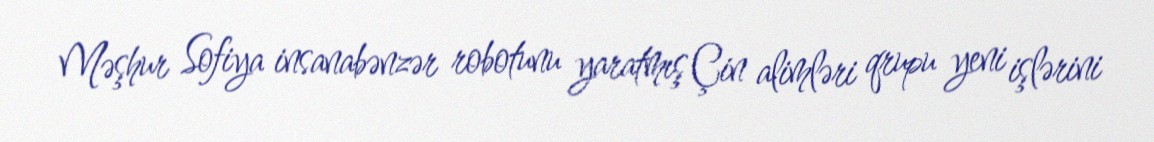
Məşhur Sofiya insanabənzər robotunu yaratmış Çin alimləri qrupu yeni işlərini